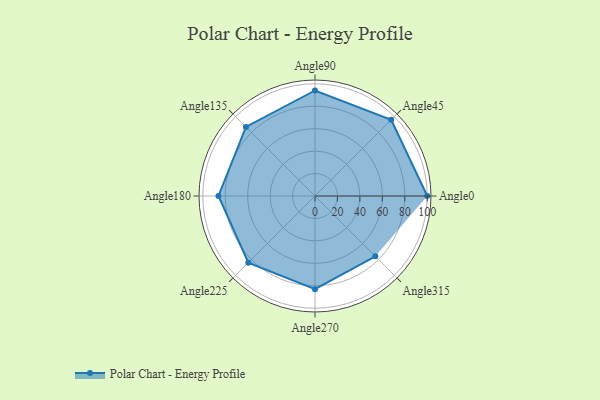
{"axis": {"x": "Angle", "y": "Radius"}, "legend": [""], "data": [{"x": "Angle0", "y": 100.0, "type": ""}, {"x": "Angle45", "y": 96.0, "type": ""}, {"x": "Angle90", "y": 94.0, "type": ""}, {"x": "Angle135", "y": 87.0, "type": ""}, {"x": "Angle180", "y": 86.0, "type": ""}, {"x": "Angle225", "y": 84.0, "type": ""}, {"x": "Angle270", "y": 83.0, "type": ""}, {"x": "Angle315", "y": 76.0, "type": ""}]}